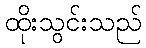
ထိုးသွင်းသည်